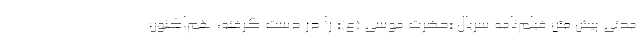
مدتی پیش متن فیلم‌نامه سریال «حضرت موسی (ع)» را در دست گرفته، هم‌اکنون